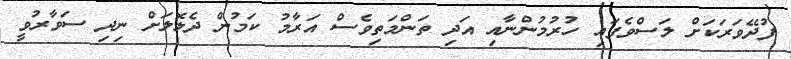
ފުދޭވަރަކަށް ލަސްވެފައި ހުރުމުންނާއި އަދި ތަންމަތިވެސް އަރާމު ކަމުން ދެލޮލަށް ނިދި ސަވާރުވީ